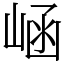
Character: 崡